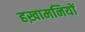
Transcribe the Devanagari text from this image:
हख़ामनियों